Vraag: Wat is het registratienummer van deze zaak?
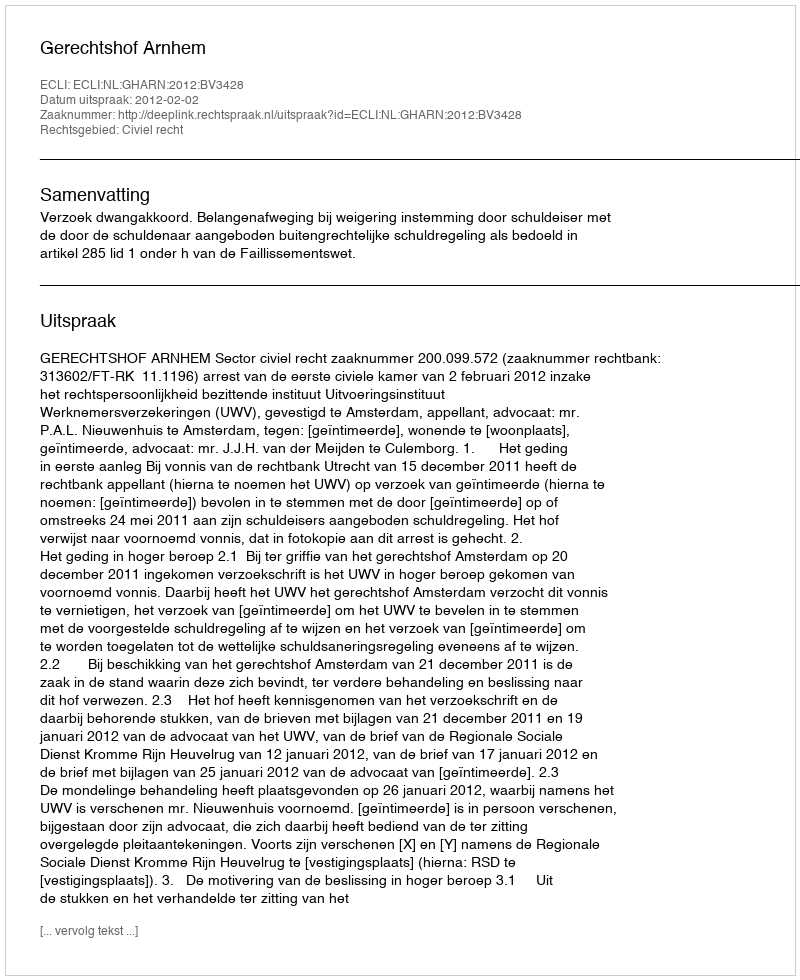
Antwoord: http://deeplink.rechtspraak.nl/uitspraak?id=ECLI:NL:GHARN:2012:BV3428